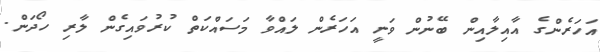
އަހަރެންގެ އާއިލާއިން ބޭނުން ވަނީ އަހަރެން ލައްވާ މަސައްކަތް ކުރުވައިގެން ލާރި ހޯދަން.